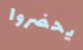
يحضروا